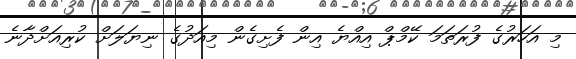
މި އަހަރުގެ ފުރަތަމަ ކޭމްޕް އިއްޔެ އިން ފެށިގެން މިއަދުގެ ނިޔަލަށް ކުރިއަށްދާނެ